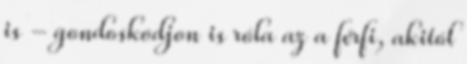
is - gondoskodjon is róla az a férfi, akitól